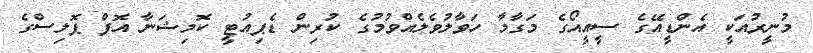
މުނީރުއަކީ އެންޑީއޭގެ ސީއީއޯގެ މަގާމާ ހަވާލުވެލެއްވުމުގެ ކުރިން ޑެޕިއުޓީ ކޮމިޝަނާ އޮފް ޕޮލިސްގެ